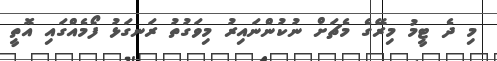
މި ދެ ޓީމު މިރޭގެ މެޗަށް ނުކުންނައިރު މިވަގުތު ރަނގަޅު ފޯމެއްގައި އޮތީ